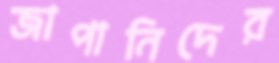
জাপানিদের